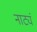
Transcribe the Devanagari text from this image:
नाट्यं